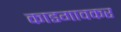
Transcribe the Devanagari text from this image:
काडगावकर